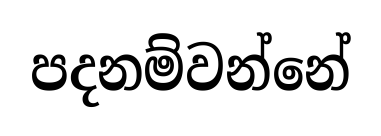
පදනම්වන්නේ